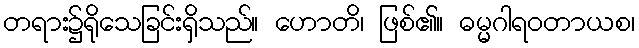
တရား၌ရိုသေခြင်းရှိသည်။ ဟောတိ၊ ဖြစ်၏။ ဓမ္မဂါရဝတာယစ၊